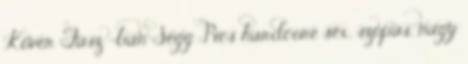
Kövér Fasz -ban Segg Pics hardcore sex, szopás, nagy